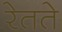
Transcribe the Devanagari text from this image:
रेतते